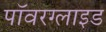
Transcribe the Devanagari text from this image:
पॉवरग्लाइड